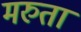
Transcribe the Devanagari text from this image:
मरुता